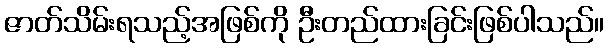
ဇာတ်သိမ်းရသည့်အဖြစ်ကို ဦးတည်ထားခြင်းဖြစ်ပါသည်။